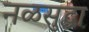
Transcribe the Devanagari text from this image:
नळसुद्धा